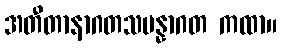
အတီတာနာဂတသမန္နာဂတ ကထာ။